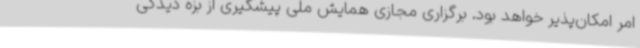
امر امکان‌پذیر خواهد بود. برگزاری مجازی همایش ملی پیشگیری از بزه دیدگی